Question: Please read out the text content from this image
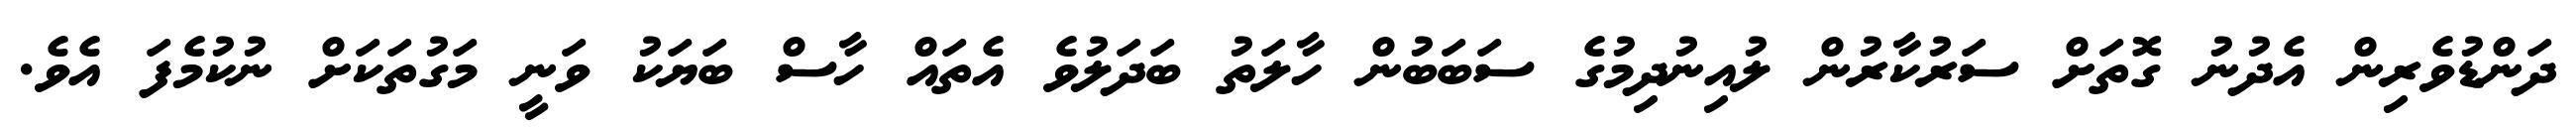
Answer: ދަންޑުވެރިން އެދުނު ގޮތަށް ސަރުކާރުން ލުއިނުދިމުގެ ސަބަބުން ހާލަތު ބަދަލުވެ އެތައް ހާސް ބަޔަކު ވަނީ މަގުތަކަށް ނުކުމެފަ އެވެ.